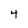
Character: 4